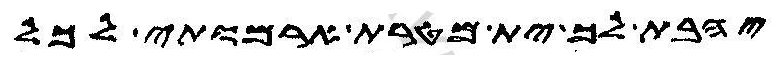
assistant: יהבת לך ית מטרת ארמותי לכל